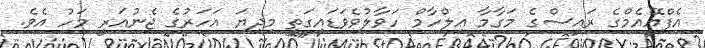
އެފްއޭއެމްގެ ރައީސްގެ މަގާމާ އިލްހާމް ހަވާލުވެވަޑައިގަތީ މިދިޔަ އަހަރުގެ ޖެނުއަރީ މަހު އެވެ.